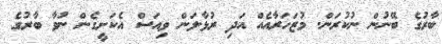
ބާރުގެ ބޭނުން ނުކުރަން. މުޒަހަރާއެއް އަދި ރުޅާލަން ވިއަސް އެކަށީގެން ނުވާ ބާރުގެ